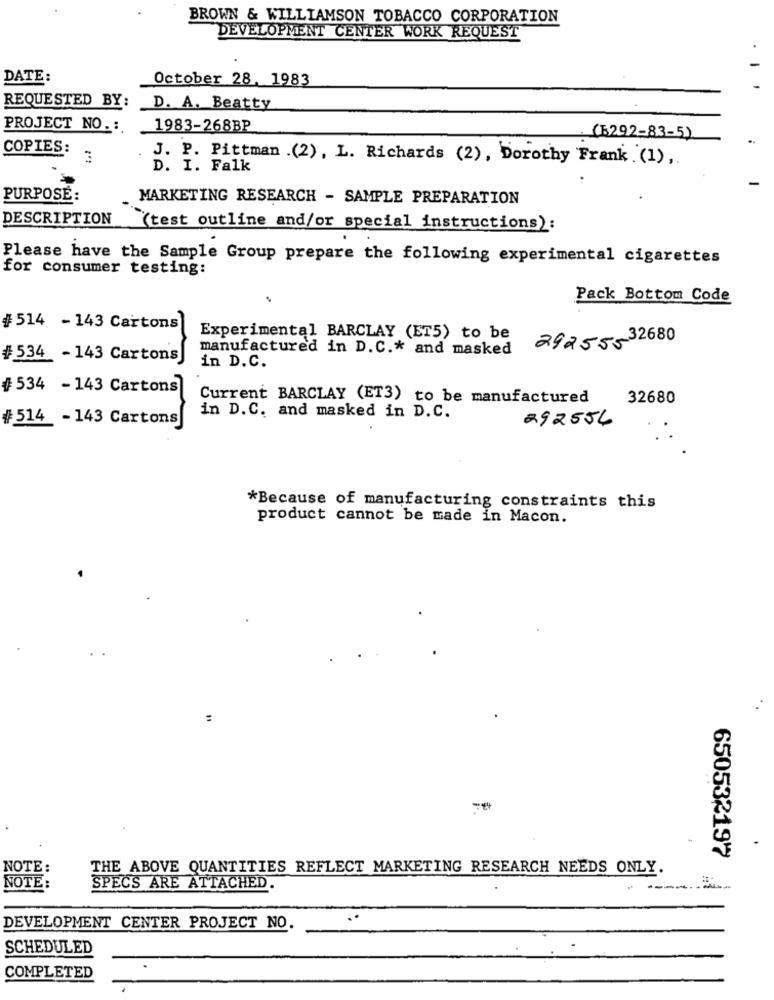
BROWN & WILLIAMSON TOBACCO CORPORATION
DEVELOPMENT CENTER WORK REQUEST
DATE:
October 28. 1983
REQUESTED BY:
D. A. Beatty
PROJECT NO .:
1983-268BP
.(6292-83-5)
COPIES:
J. P. Pittman .(2), L. Richards (2), Dorothy Frank .(1) ,.
D. I. Falk
PURPOSE:
MARKETING RESEARCH - SAMPLE PREPARATION
DESCRIPTION
(test outline and/or special instructions):
Please have the Sample Group prepare the following experimental cigarettes
for consumer testing:
Pack Bottom Code
#514 - 143 Cartons
Experimental BARCLAY (ET5) to be
2925532680
manufactured in D.C .* and masked
#534 -143 Cartons
in D.C.
#534 - 143 Cartons
Current BARCLAY (ET3) to be manufactured
32680
#514 - 143 Cartons
in D.C. and masked in D.C.
292556
*Because of manufacturing constraints this
product cannot be made in Macon.
:
650532197
NOTE:
THE ABOVE QUANTITIES REFLECT MARKETING RESEARCH NEEDS ONLY.
NOTE:
SPECS ARE ATTACHED.
DEVELOPMENT CENTER PROJECT NO.
SCHEDULED
COMPLETED